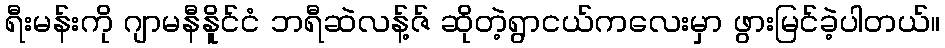
ရီးမန်းကို ဂျာမနီနိူင်ငံ ဘရီဆဲလန့်ဇ် ဆိုတဲ့ရွာငယ်ကလေးမှာ ဖွားမြင်ခဲ့ပါတယ်။